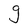
Character: g